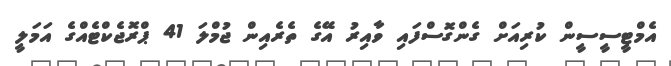
އެމްޓީސީސީން ކުރިއަށް ގެންގޮސްފައި ވާއިރު އޭގެ ތެރެއިން ޖުމްލަ 41 ޕްރޮޖެކްޓެއްގެ އަމަލީ